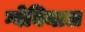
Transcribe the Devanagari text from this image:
ग्वेबियाल